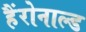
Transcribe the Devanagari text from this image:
हैंरोनाल्ड